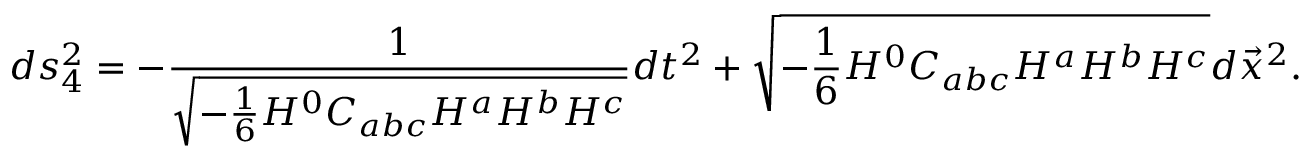
d s _ { 4 } ^ { 2 } = - { \frac { 1 } { \sqrt { - { \frac { 1 } { 6 } } H ^ { 0 } C _ { a b c } H ^ { a } H ^ { b } H ^ { c } } } } d t ^ { 2 } + \sqrt { - { \frac { 1 } { 6 } } H ^ { 0 } C _ { a b c } H ^ { a } H ^ { b } H ^ { c } } d \vec { x } ^ { 2 } .